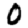
Digit: 0